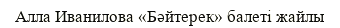
Алла Иванилова «Бәйтерек» балеті жайлы